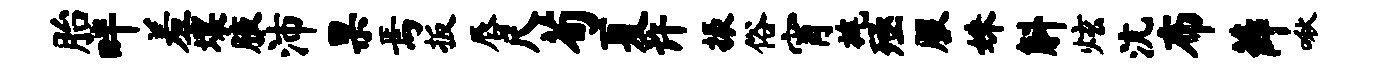
胎畔羞壤腋沛果焉扳唇尺荀夏许振俗宵旄殛服姝斛炫沆布薛啾